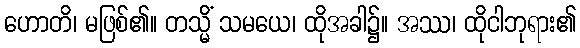
ဟောတိ၊ မဖြစ်၏။ တသ္မိံ သမယေ၊ ထိုအခါ၌။ အဿ၊ ထိုငါဘုရား၏